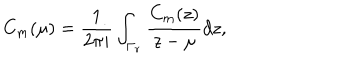
C _ { m } ( \mu ) = { \frac { 1 } { 2 \pi i } } \int _ { \Gamma _ { r } } { \frac { C _ { m } ( z ) } { z - \mu } } d z ,